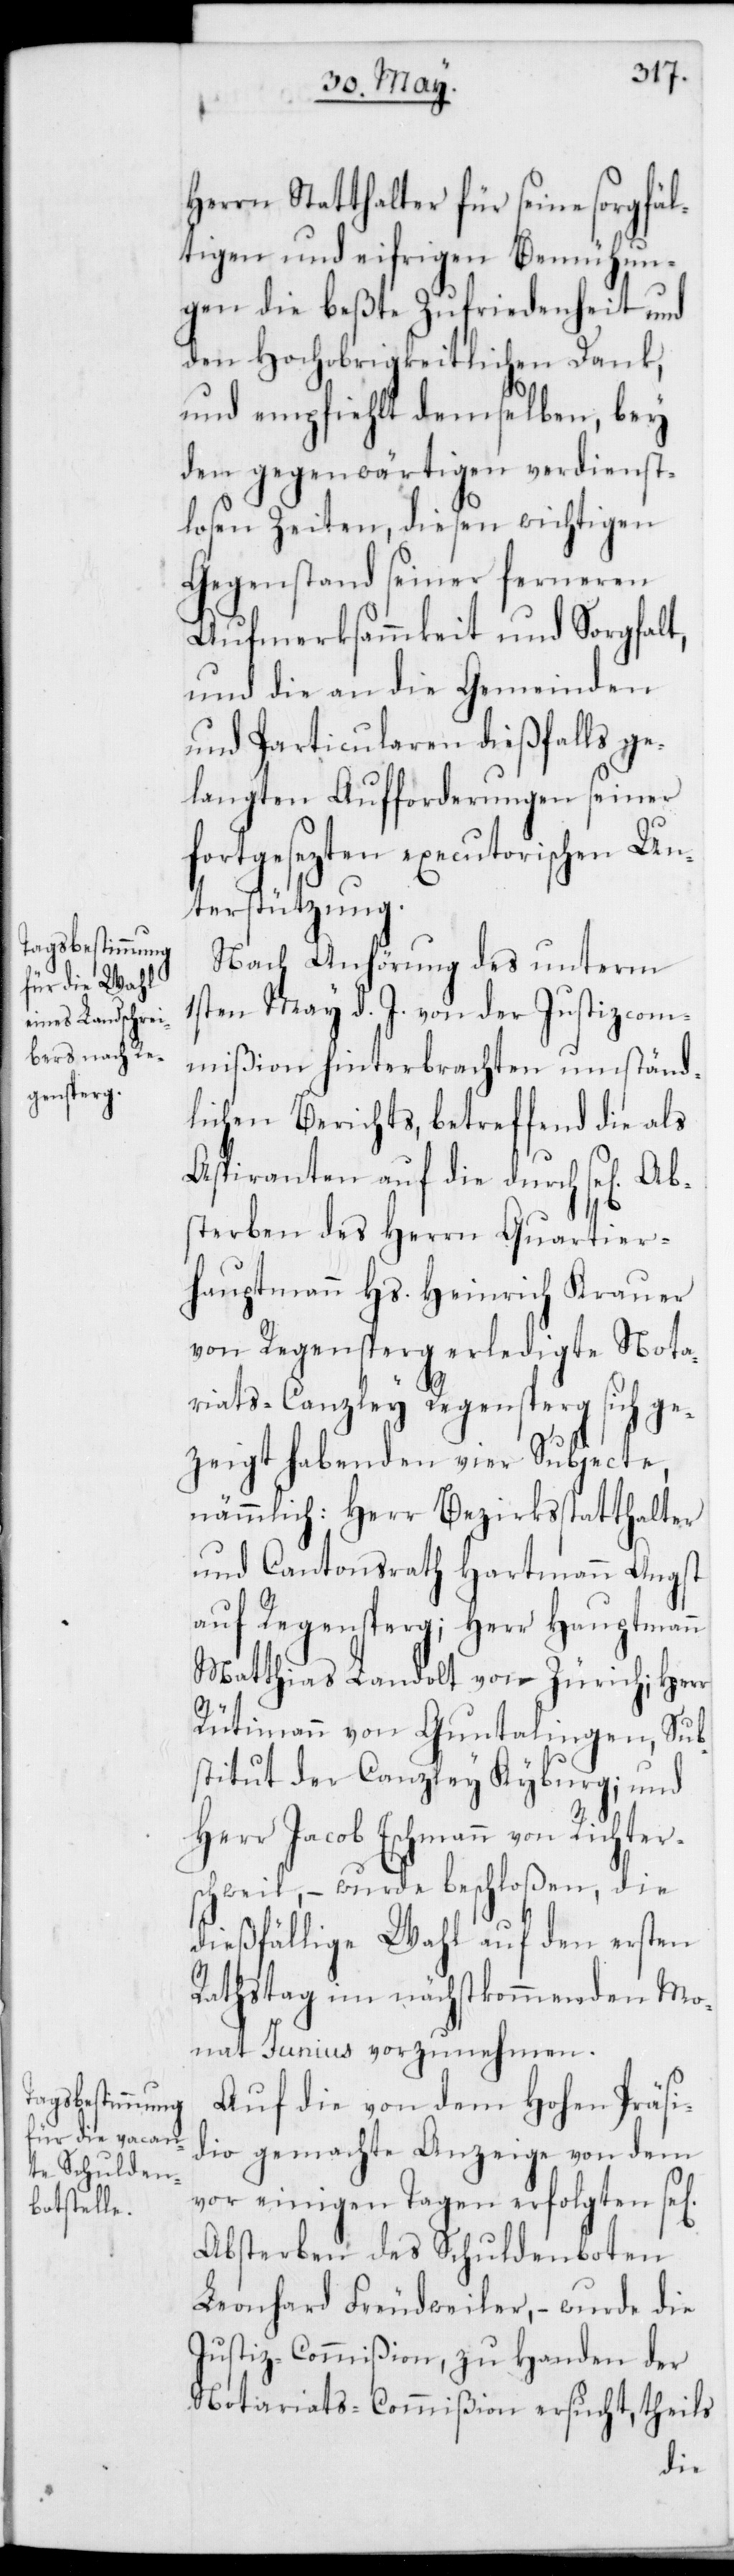
Herrn Statthalter für seine sorgfäl¬
tigen und eifrigen Bemühun¬
gen die beßte Zufriedenheit und
den Hochobrigkeitlichen Dank,
und empfiehlt demselben, bey
den gegenwärtigen verdienst¬
losen Zeiten, diesen wichtigen
Gegenstand seiner ferneren
Aufmerksammkeit und Sorgfalt,
und die an die Gemeinden
und Particularen dießfalls ge¬
langten Aufforderungen seiner
fortgesezten executorischen Un¬
terstützung.
Nach Anhörung des unterm
1sten May d. J. von der Justizcom¬
mißion hinterbrachten umständ¬
lichen Berichts, betreffend die als
Aspiranten auf die durch sel. Ab¬
sterben des Herrn Quartier¬
hauptmann Hs. Heinrich Krauer
von Regensperg erledigte Nota¬
riats-Canzley Regensperg sich ge¬
zeigt habenden vier Subjecte,
nämmlich: Herr Bezirksstatthalter
und Cantonsrath Hartmann Angst
auf Regensperg; Herr Hauptmann
Matthias Landolt von Zürich; Herr
Rütimann von Guntalingen, Sub¬
stitut der Canzley Kyburg; und
Herr Jacob Eschmann von Richter¬
schweil, – wurde beschloßen, die
dießfällige Wahl auf den ersten
Rathstag im nächstkommenden Mo¬
nat Junius vorzunehmen.
Auf die von dem Hohen Präsi¬
dio gemachte Anzeige von dem
vor einigen Tagen erfolgten sel.
Absterben des Schuldenboten
Leonhard Freudweiler, – wurde die
Justiz-Commißion zu Handen der
Notariatscommißion ersucht, theils